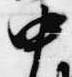
中